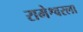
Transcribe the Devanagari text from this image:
रामेश्वरला